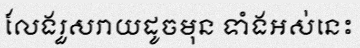
លែងរួសរាយដូចមុន ទាំងអស់នេះ